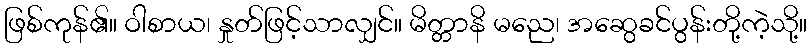
ဖြစ်ကုန်၏။ ဝါစာယ၊ နှုတ်ဖြင့်သာလျှင်။ မိတ္တာနိ မညေ၊ အဆွေခင်ပွန်းတို့ကဲ့သို့။